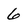
Character: 6